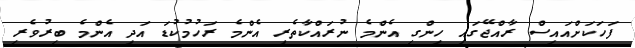
ފަހަކަށްއައިސް ރާއްޖޭގައި ހިންގި އެންމެ ނުރައްކާތެރި އެންމެ ރަހުމުކުޑަ އަދި އެންމެ ބިރުވެރި